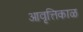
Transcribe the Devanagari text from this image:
आवृत्तिकाळ